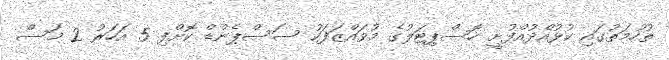
ތުހުމަތުގައި ކުޅުއްދުއްފުށީ ހޮސްޕިޓަލުގެ މުވައްޒަފަކު ސަސްޕެންޑް ކޮށްފި 5 އަހަރު 2 މަސް